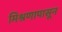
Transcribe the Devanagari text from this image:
मिश्रणापासून